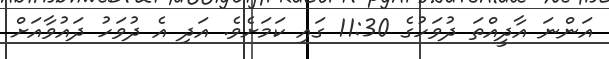
އަންނަ އާދީއްތަ ދުވަހުގެ 11:30 ގައި ކަމަށެވެ. އަދި އެ ދުވަހު ދައުވާއަށް